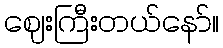
ဈေးကြီးတယ်နော်။